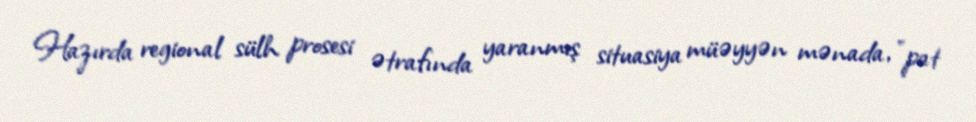
Hazırda regional sülh prosesi ətrafında yaranmış situasiya müəyyən mənada, "pat